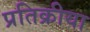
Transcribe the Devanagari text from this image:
प्रतिक्रीया